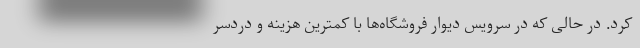
کرد. در حالی که در سرویس دیوار فروشگاه‌ها با کمترین هزینه و دردسر